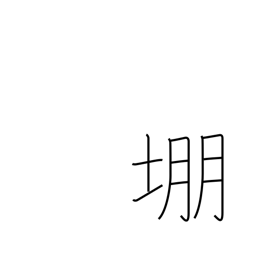
Meaning: archery target mound